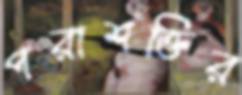
পরাশক্তির